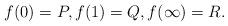
LaTeX: \begin{align*}f(0)=P,f(1)=Q,f(\infty)=R. \end{align*}